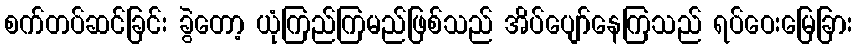
စက်တပ်ဆင်ခြင်း ခွဲတော့ ယုံကြည်ကြမည်ဖြစ်သည် အိပ်ပျော်နေကြသည် ရပ်ဝေးမြေခြား